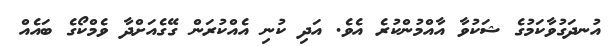
އުނދަގުވާކަމުގެ ޝަކުވާ އާއްމުންކުރެ އެވެ. އަދި ކުނި އެއްކުރަން ގޭގެއަށްދާ ވެމްކޯގެ ބައެއް